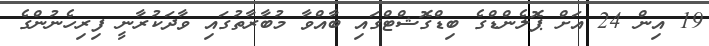
19 އިން 24 އަށް ޕޮލެންޑްގެ ބިޑްގޮޝްޓްގައި ބާއްވާ މުބާރާތުގައި ވާދަކުރާނީ ފިރިހެނުންގެ